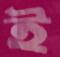
ই